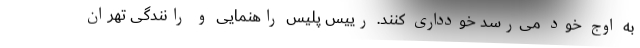
به اوج خود می‌رسد خودداری کنند. رییس پلیس راهنمایی و رانندگی تهران